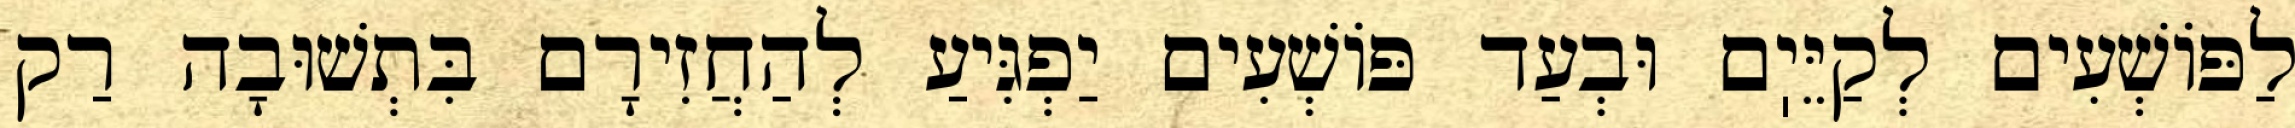
לַפּוֹשְׁעִים לְקַיֵּיֽם וּבְעַד פּוֹשְׁעִים יַפְגִּיעַ לְהַחֲזִירָם בִּתְשׁוּבָה רַק